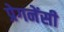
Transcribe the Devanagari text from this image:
प्रेगनेंसी